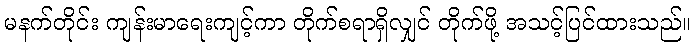
မနက်တိုင်း ကျန်းမာရေးကျင့်ကာ တိုက်စရာရှိလျှင် တိုက်ဖို့ အသင့်ပြင်ထားသည်။